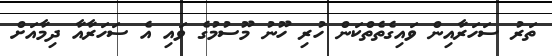
ތަރު ސަހަރާއިން ވައިގެތެތްކަން ހުރި ހޫނު މޫސުމުގެ ވައި އެ ސަހަރާއާ ދިމާއަށް